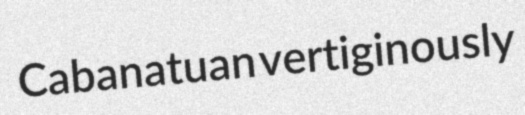
Cabanatuan vertiginously